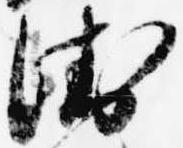
衛